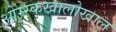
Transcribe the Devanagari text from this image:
ओम्स्कखालोखाल